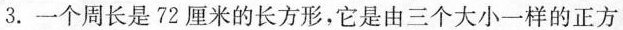
3.一个周长是72厘米的长方形，它是由三个大小一样的正方